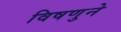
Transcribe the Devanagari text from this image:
विषणुने